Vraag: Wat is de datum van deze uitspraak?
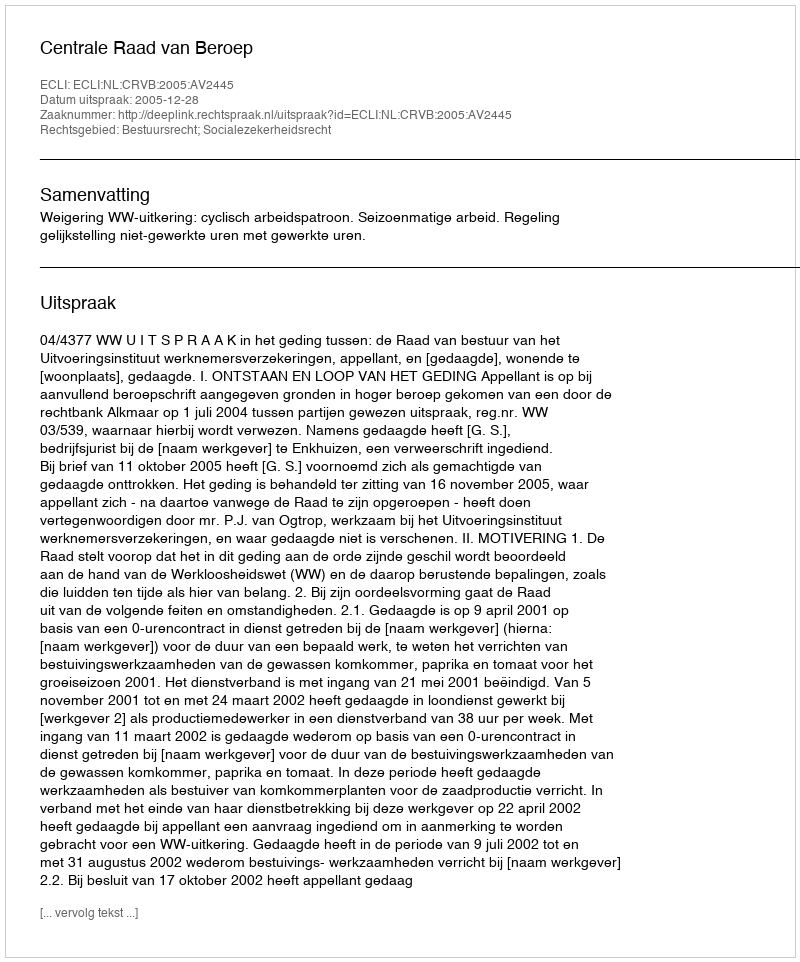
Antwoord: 2005-12-28